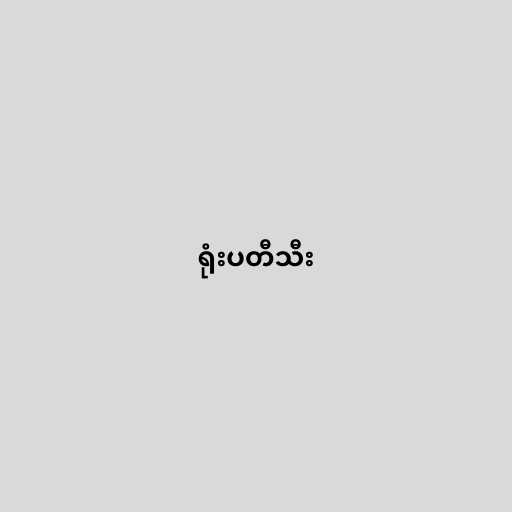
ရုံးပတီသီး